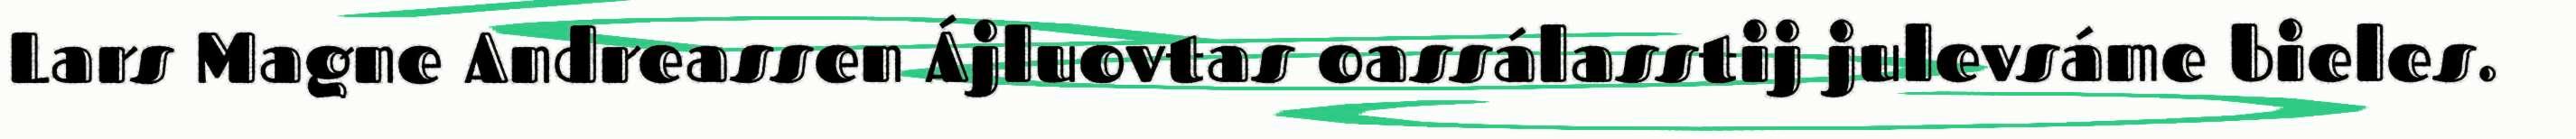
Lars Magne Andreassen Ájluovtas oassálasstij julevsáme bieles.